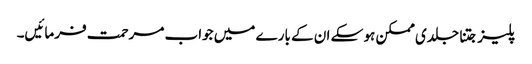
پلیز جتنا جلدی ممکن ہو سکے ان کے بارے میں جواب مرحمت فرمائیں۔